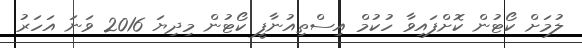
ލުމަށް ކޯޓުން ކޮށްފައިވާ ހުކުމް އިސްތިއުނާފީ ކޯޓުން މިދިޔަ 2016 ވަނަ އަހަރު